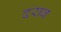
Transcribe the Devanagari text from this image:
दराब